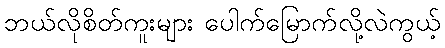
ဘယ်လိုစိတ်ကူးများ ပေါက်မြောက်လို့လဲကွယ့်